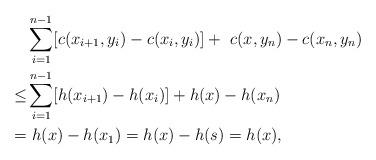
LaTeX: \begin{align*} &\sum_{i=1}^{n-1}[c(x_{i+1},y_i)-c(x_i,y_i)]+\ c(x,y_n)-c(x_n,y_n) \\\leq &\sum_{i=1}^{n-1}[h(x_{i+1})-h(x_i)]+h(x)-h(x_n)\\ = &\ h(x)-h(x_1)=h(x)-h(s)=h(x), \end{align*}